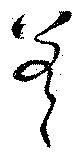
差